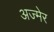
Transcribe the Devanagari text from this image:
अज्मेर